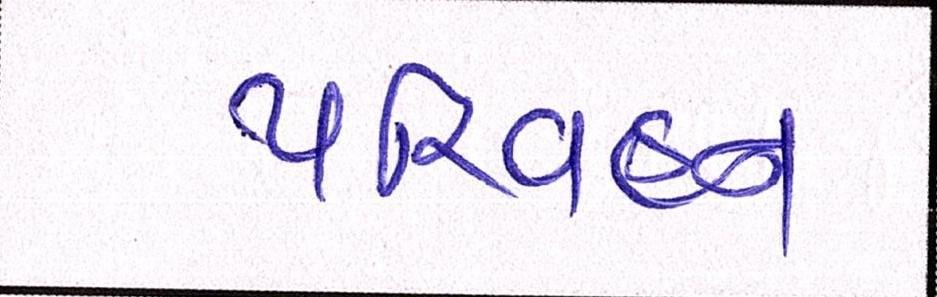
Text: પરિવહન